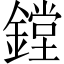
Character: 鏜